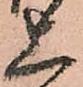
上